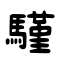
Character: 騹